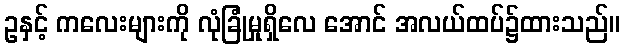
ဥနှင့် ကလေးများကို လုံခြုံမှုရှိလေ အောင် အလယ်ထပ်၌ထားသည်။